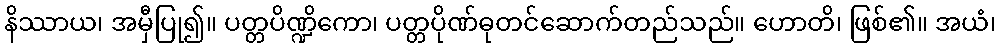
နိဿာယ၊ အမှီပြု၍။ ပတ္တပိဏ္ဍိကော၊ ပတ္တပိုဏ်ဓုတင်ဆောက်တည်သည်။ ဟောတိ၊ ဖြစ်၏။ အယံ၊